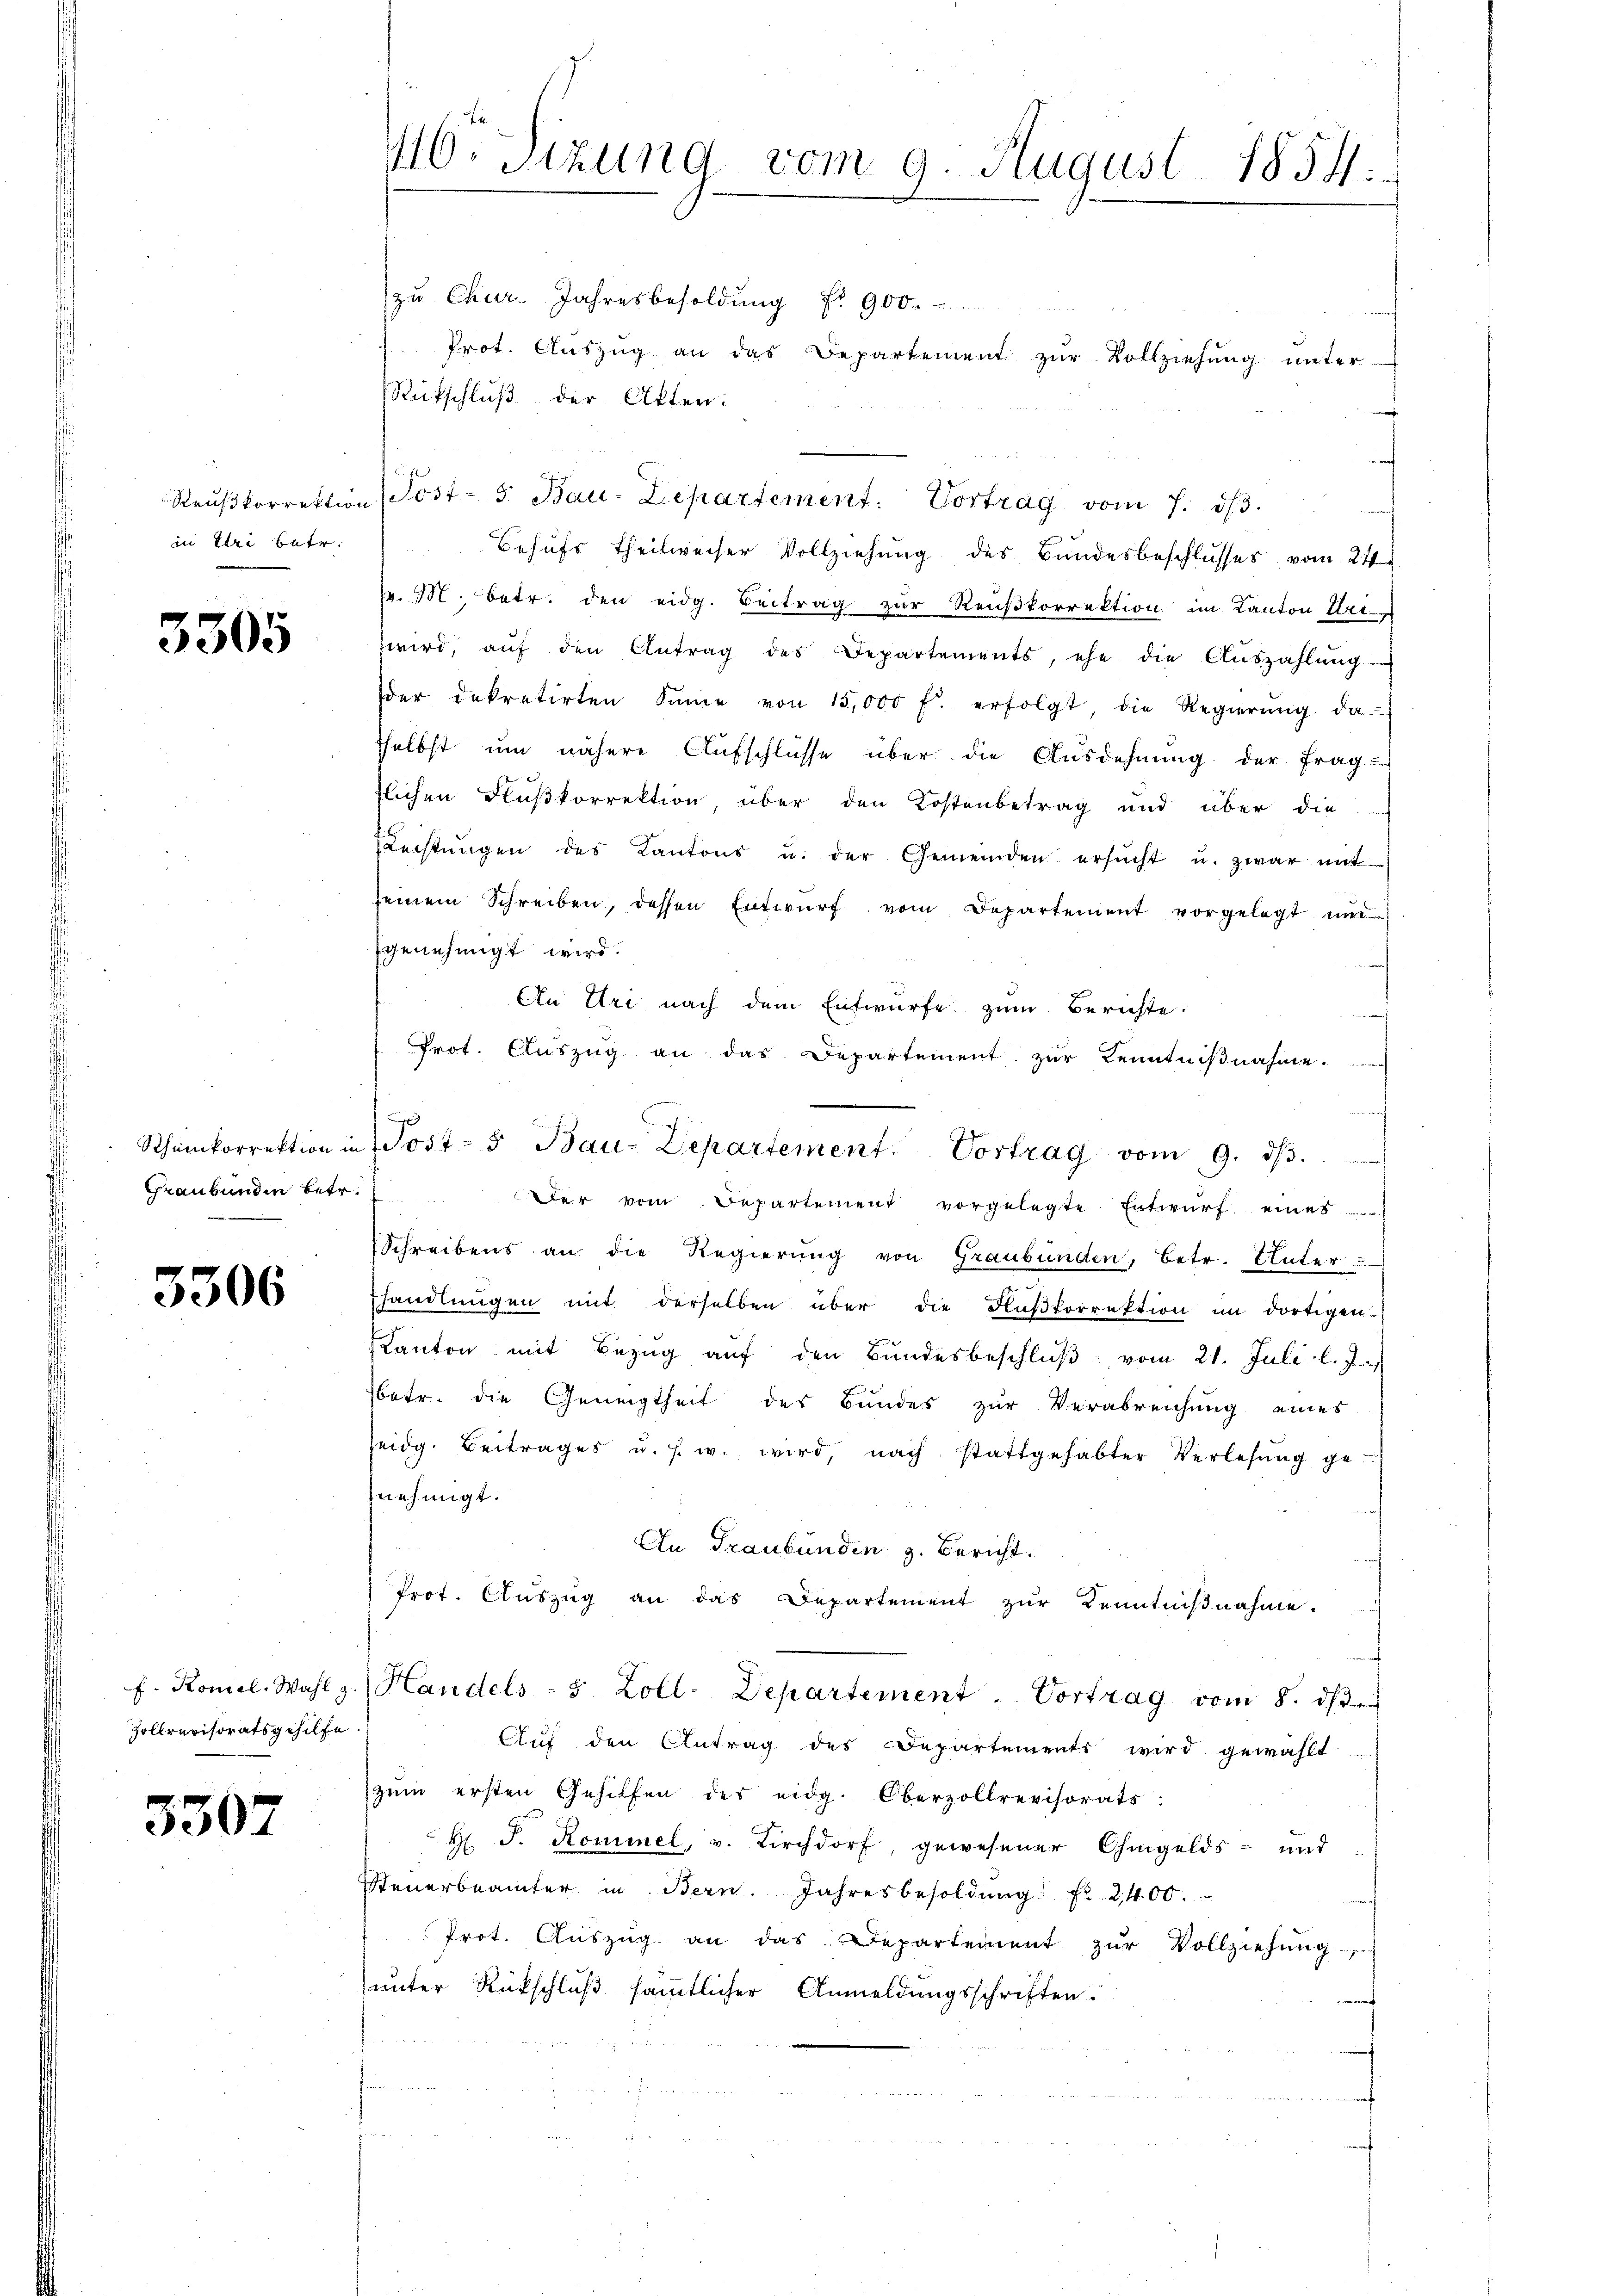
Reusskorrektion
in Uri betr.

3305

Scheinkorrektion in
Graubünden betr.

3306

f. Komel. Wahl z
Zollrevisoratsgehilfe

5307

40. Sitzung vom 9. August 1854.

zu Chur. Jahresbesoldung Nr. 900.
Prot. Aŭszŭg an das Departement zŭr Vollziehung unter
Rückschluß der Akten.
e
Post- 5. Bau-Departement: Vortrag vom 7. ds.
Behufs theilweiser Vollziehung des Bundesbeschlusses vom 21.
v. 3. betr. den eidg. Beitrag zur Reußkorrektion im Kanton Art.
zwird, aŭf den Antrag des Departements, ehe die Aŭszahlŭng
der dekretirten Sinne von 15,000 f. erfolgt, die Regierŭng da
sselbst um nähere Aufschlüsse über die Ausdehnung der Frag
flichen Flußkorrektion über den Kostenbetrag und über die
Rechtŭngen des Kantons u. der Gemeinden ersŭcht u. zwar mit
seinem Schreiben, dessen Entwŭrf vom Departement vorgelegt und
genehmigt wird.
An Uri nach dem Entwürfe zŭm Berichte:
Prot. Auszug an das Departement zur Kenntnißnahme.
Der vom Departement vorgelegte Entwŭrf eines
Schreibens an die Regierung von Graubünden, betr. Unter-
shandlungen mit derselben über die Flußkorrektion im dortigen
Kanton mit Bezug auf den Bundesbeschluß vom 21. Juli l. J.
betr. die Geneigtheit des Bundes zur Verabreichung eines
seidg. Beitrages u. s. w. wird, nach stattgehabter Verlesung ge-
nehmigt.
An Graubünden z. Bericht.
Prot. Auszug an das Departement zur Kenntniβnahme.
Handels - 5 Zoll-Departement Vortrag vom 8. ds.
Auf den Antrag des Departements wird gewählt
zŭm ersten Gehilfen des eidg. Oberzollrevisorats:
H. F. Kommel, v. Kirchdorf, gewesener Ohmgelds- und
Steuerbeamter in Bern. Jahresbesoldŭng fr. 2400.
Prot. Aŭszŭg an das Departement zŭr Vollziehung
unter Rückschluß sämmtlicher Anmeldungsschriften.

Post- 5. Bau-Departement. Vortrag vom 9. dβ.